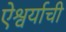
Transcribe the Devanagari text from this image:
ऐश्वर्याची